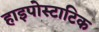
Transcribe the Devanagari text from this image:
हाइपोस्टाटिक